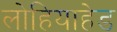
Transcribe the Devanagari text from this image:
लोहियाहेड